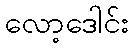
လော့ဒေါင်း